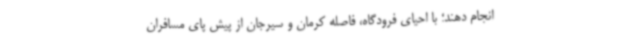
انجام دهند؛ با احیای فرودگاه، فاصله کرمان و سیرجان از پیش پای مسافران